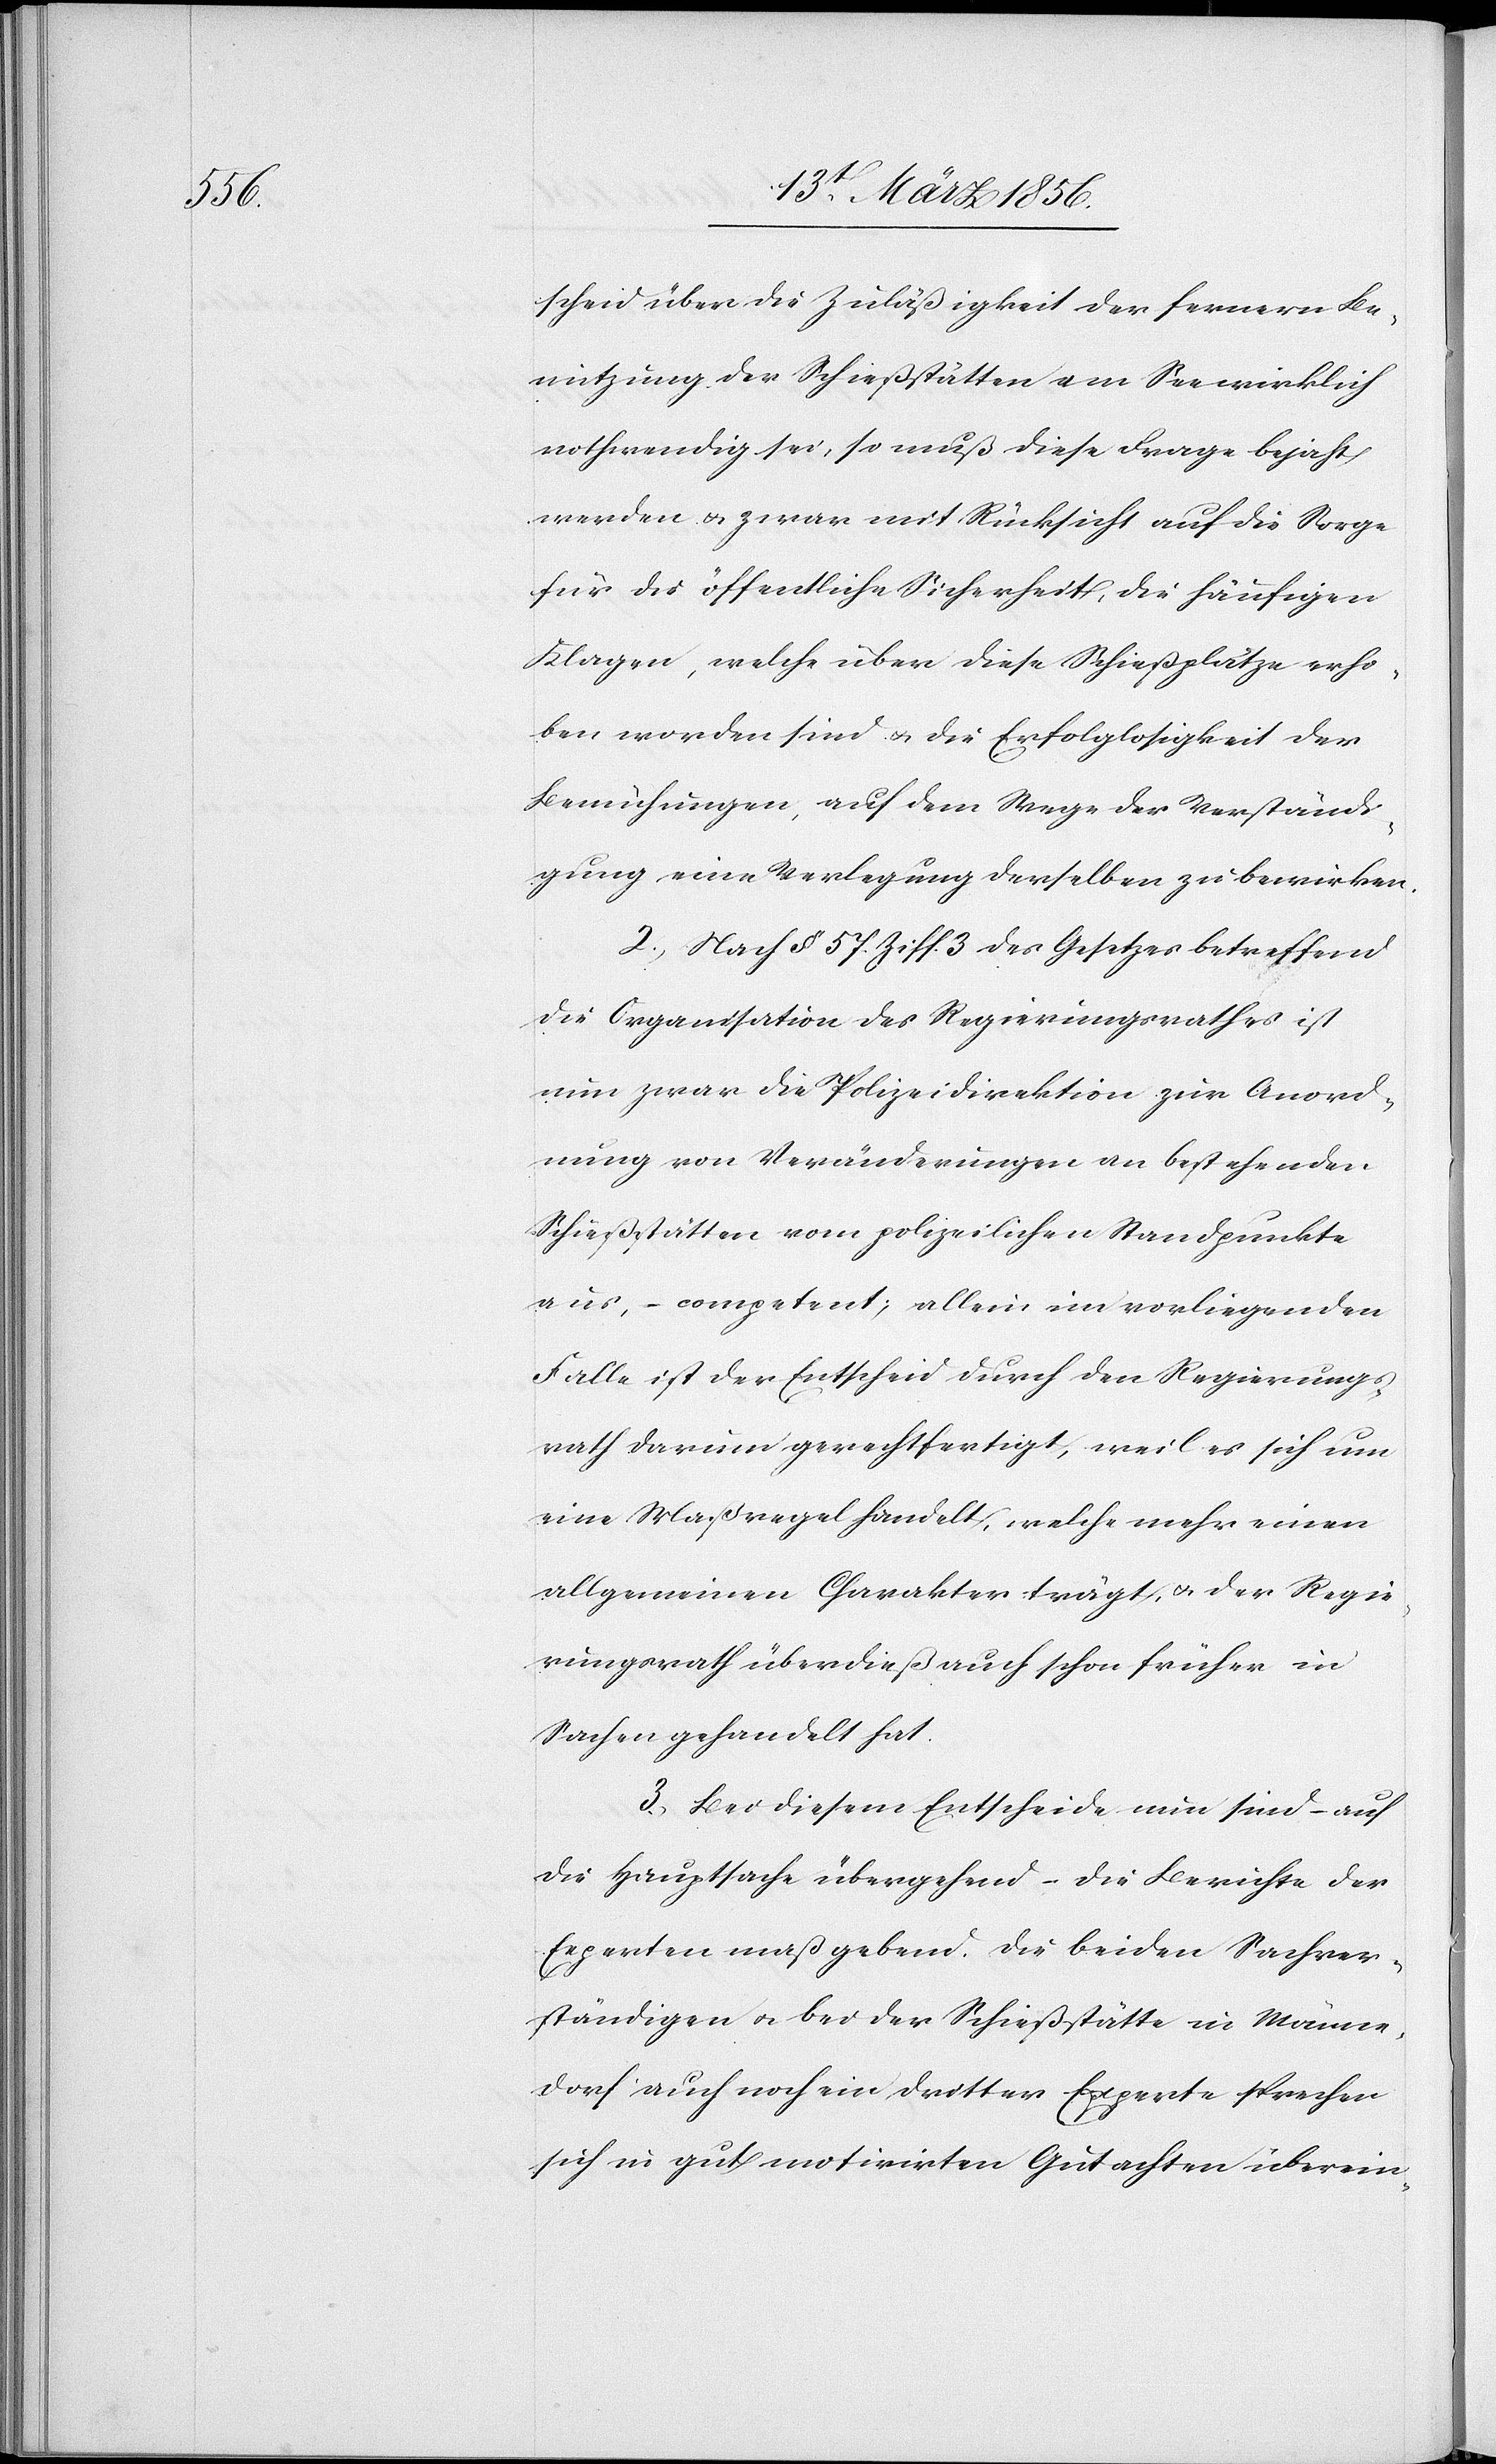
scheid über die Zuläßigkeit der fernern Be¬
nutzung der Schießstätten am See wirklich
nothwendig sei, so muß diese Frage bejaht
werden & zwar mit Rücksicht auf die Sorge
für die öffentliche Sicherheit, die häufigen
Klagen, welche über diese Schießplätze erho¬
ben worden sind u. die Erfolglosigkeit der
Bemühungen, auf dem Wege der Verständi¬
gung eine Verlegung derselben zu bewirken.
2., Nach § 57. Ziff. 3 des Gesetzes betreffend
die Organisation des Regierungsrathes ist
nun zwar die Polizeidirektion zur Anord¬
nung von Veränderungen an bestehenden
Schießstätten vom polizeilichen Standpunkte
aus, – competent; allein im vorliegenden
Falle ist der Entscheid durch den Regierungs¬
rath darum gerechtfertigt, weil es sich um
eine Maßregel handelt, welche mehr einen
allgemeinen Charakter trägt, u. der Regie¬
rungsrath überdieß auch schon früher in
Sachen gehandelt hat.
3., Bei diesem Entscheide nun sind – auf
die Hauptsache übergehend – die Berichte der
Experten maßgebend. Die beiden Sachver¬
ständigen u. bei der Schießstätte in Männe¬
dorf auch noch ein dritter Experte sprechen
sich in gut motivirten Gutachten überein-